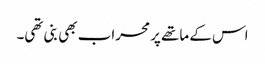
اس کے ماتھے پر محراب بھی بنی تھی۔